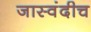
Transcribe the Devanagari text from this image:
जास्वंदीच